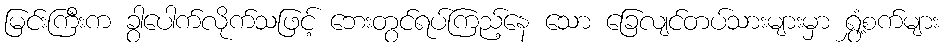
မြင်းကြီးက ခွာပေါက်လိုက်သဖြင့် ဘေးတွင်ရပ်ကြည့်နေ သော ခြေလျင်တပ်သားများမှာ ရွှံ့စက်များ